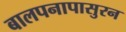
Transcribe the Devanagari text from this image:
बालपनापासुरन